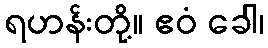
ရဟန်းတို့။ ဧဝံ ခေါ၊